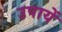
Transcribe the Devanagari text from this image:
उपायें